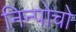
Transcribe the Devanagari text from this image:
निन्पोचो